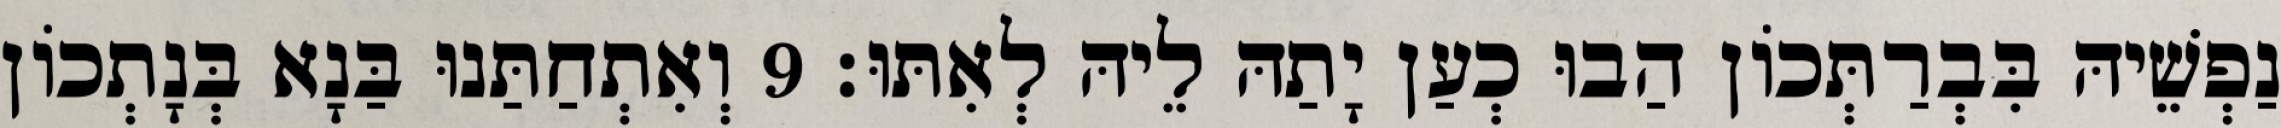
נַפְשֵׁיהּ בִּבְרַתְּכוֹן הַבוּ כְעַן יָתַהּ לֵיהּ לְאִתּוּ׃ 9 וְאִתְחַתַּנוּ בַּנָא בְּנָתְכוֹן